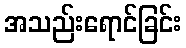
အသည်းရောင်ခြင်း